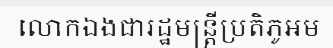
លោកឯងជារដ្ឋមន្ត្រីប្រតិភូអម